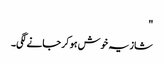
"
شازیہ خوش ہو کر جانے لگی۔